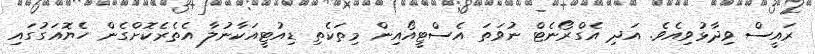
ރައީސް ވިދާޅުވިއެވެ. އަދި އެގްރޯނެޓް ނުވަތަ އެސްޓީއޯއިން މިތަކެތި ޑިއުޓީއަކާނުލާ އެތެރެކޮށްގެން ހެޔޮއަގުގައި